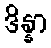
ဒိန္နာ